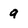
Character: 9